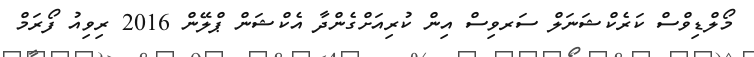
މޯލްޑިވްސް ކަރެކްޝަނަލް ސަރވިސް އިން ކުރިއަށްގެންދާ އެކްޝަން ޕްލޭން 2016 ރިވިއު ފޯރަމް